Ranna_vallavalitsus, lk 15
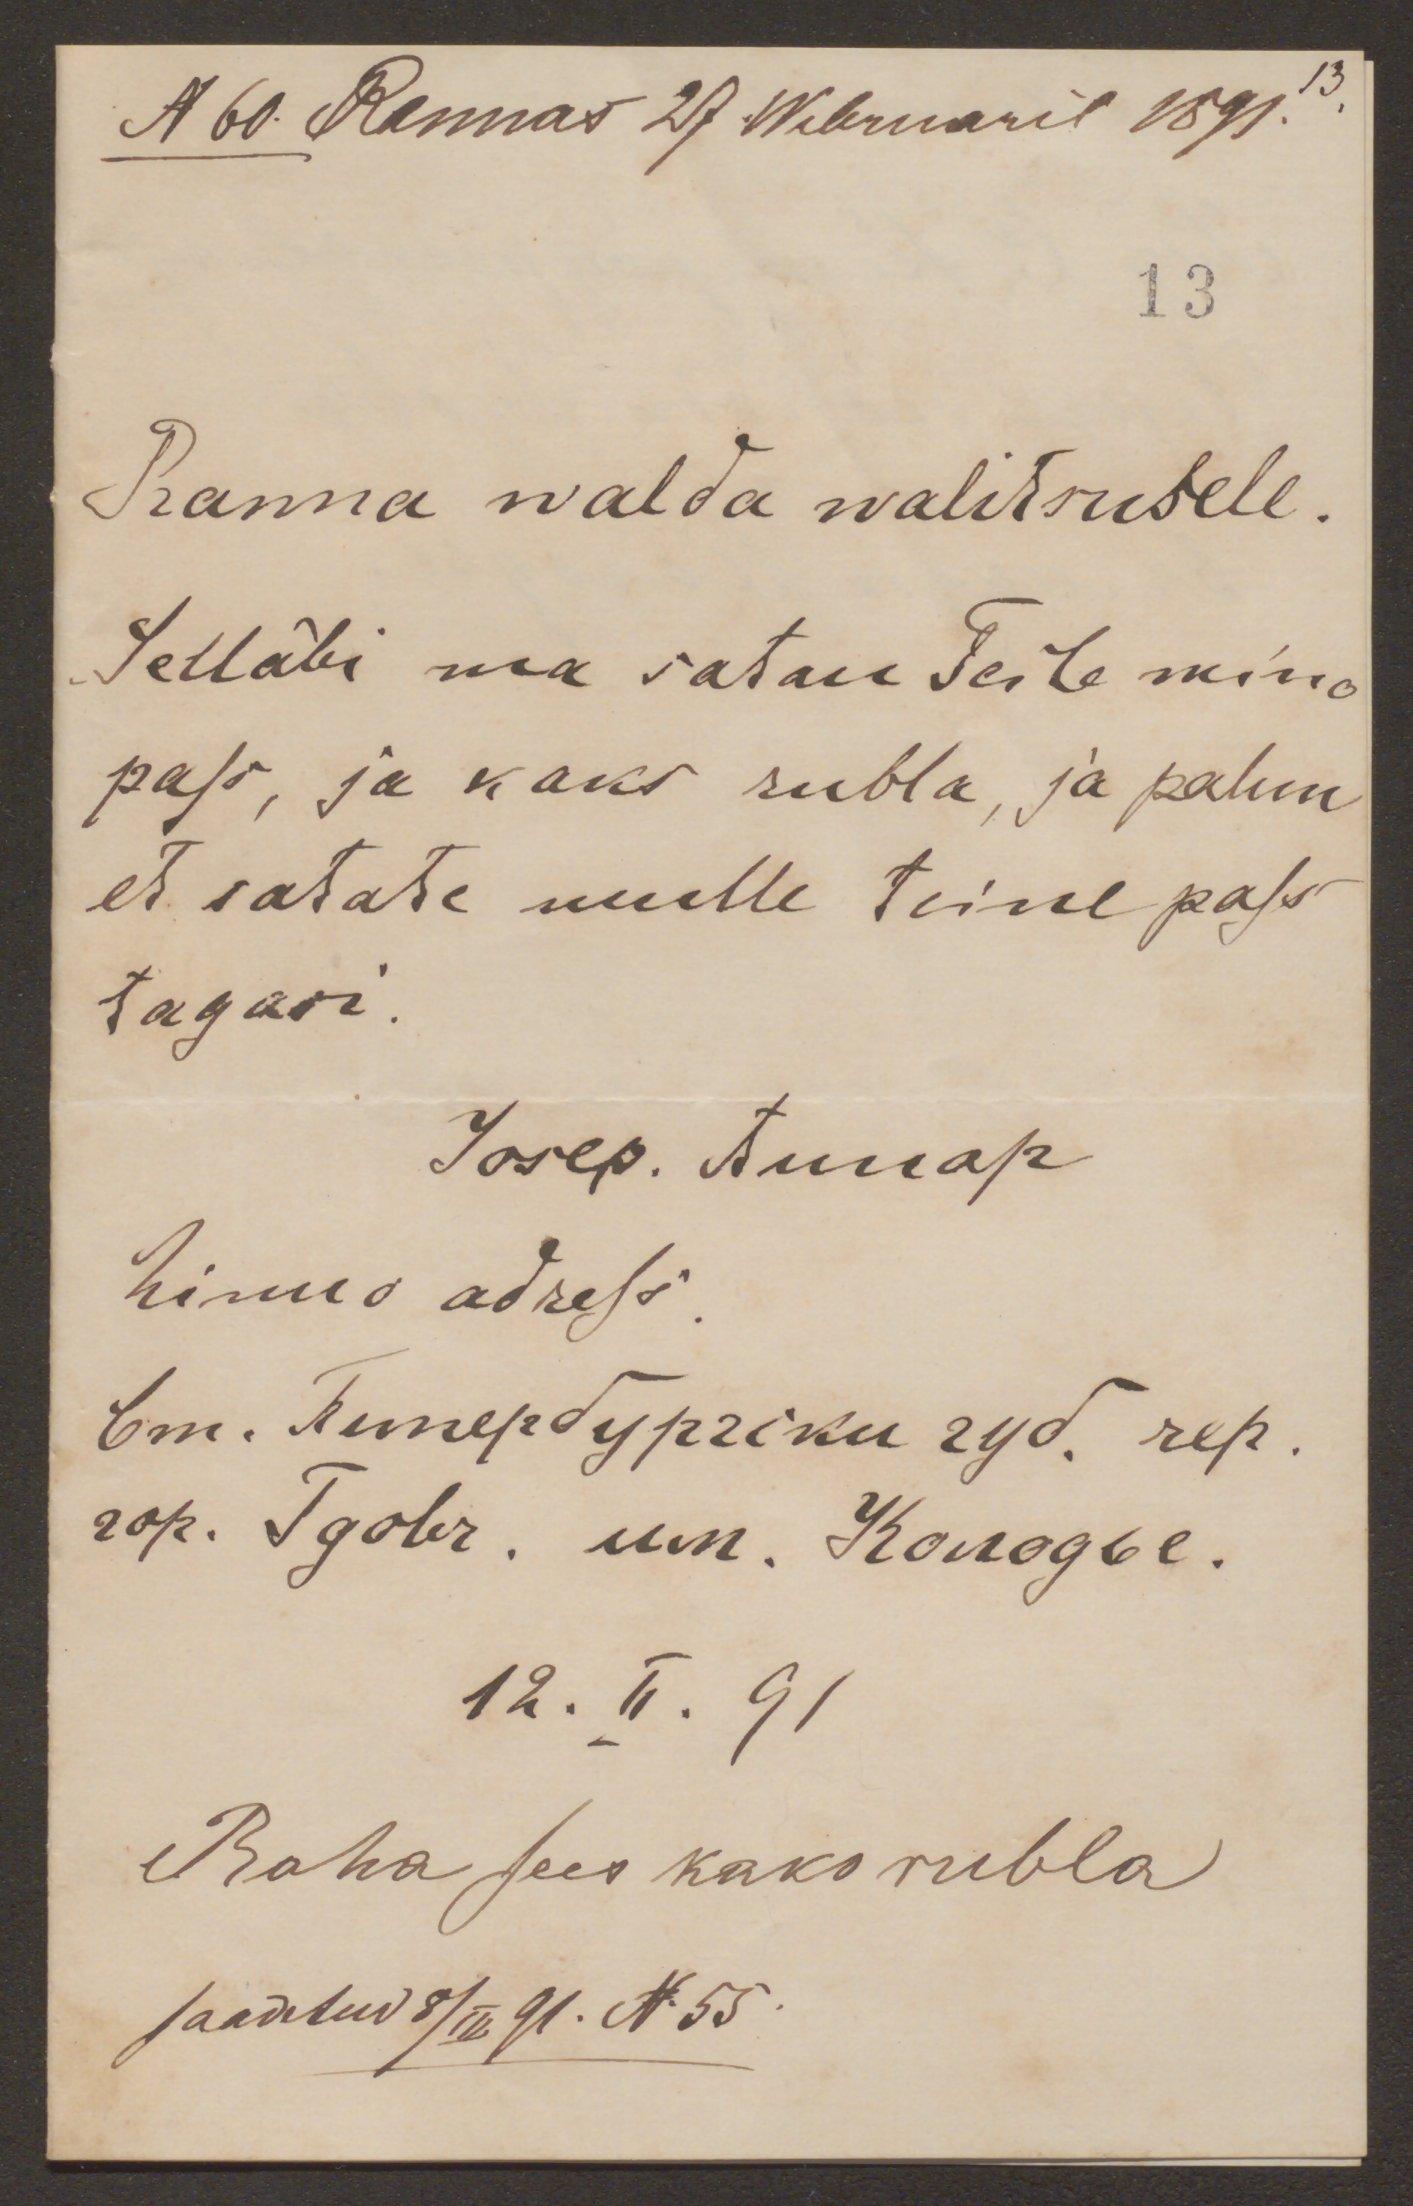
N 60. Rannas 27. Webruaril 1891.

13
Ranna walda walitsusele.
Selläbi ma satan Teile mino
pass, ja kaks rubla, ja palun
et satate mulle teine pass
tagasi.
Josep. Aunap
Minno adress
12. II. 91
Raha sees kaks rubla
Saadetud 8/III 91. N 55.